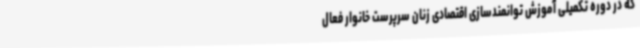
که در دوره تکمیلی آموزش توانمندسازی اقتصادی زنان سرپرست خانوار فعال